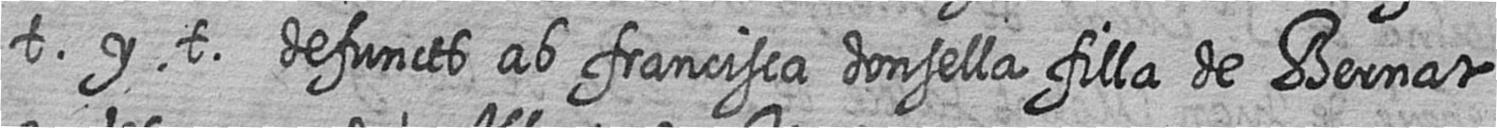
t y t defuncts ab francisca donsella filla de Bernat